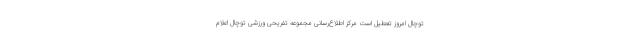
توچال امروز تعطیل است مرکز اطلاع‌رسانی مجموعه تفریحی ورزشی توچال اعلام